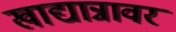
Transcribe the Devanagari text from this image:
खाद्यान्नावर